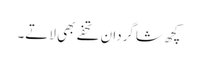
کچھ شاگردان تحفے بھی لاتے۔